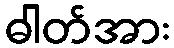
ဓါတ်အား